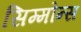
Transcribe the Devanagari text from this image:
सिम्मोन्स